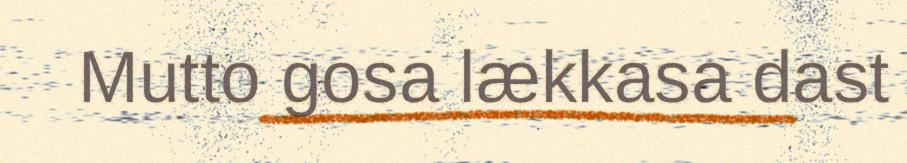
Mutto gosa lækkasa dast